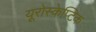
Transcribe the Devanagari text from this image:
यूरोस्केप्टिक